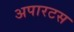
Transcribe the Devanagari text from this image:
अपारटस